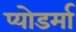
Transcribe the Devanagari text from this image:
प्योडर्मा